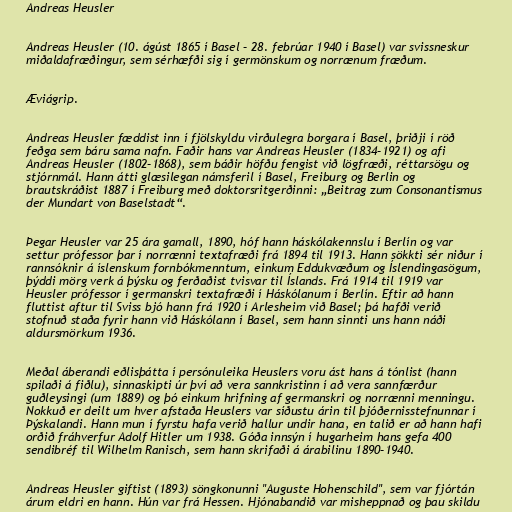
Andreas Heusler

Andreas Heusler (10. ágúst 1865 í Basel – 28. febrúar 1940 í Basel) var svissneskur
miðaldafræðingur, sem sérhæfði sig í germönskum og norrænum fræðum.

Æviágrip.

Andreas Heusler fæddist inn í fjölskyldu virðulegra borgara í Basel, þriðji í röð
feðga sem báru sama nafn. Faðir hans var Andreas Heusler (1834–1921) og afi
Andreas Heusler (1802–1868), sem báðir höfðu fengist við lögfræði, réttarsögu og
stjórnmál. Hann átti glæsilegan námsferil í Basel, Freiburg og Berlin og
brautskráðist 1887 í Freiburg með doktorsritgerðinni: „Beitrag zum Consonantismus
der Mundart von Baselstadt“.

Þegar Heusler var 25 ára gamall, 1890, hóf hann háskólakennslu í Berlín og var
settur prófessor þar í norrænni textafræði frá 1894 til 1913. Hann sökkti sér niður í
rannsóknir á íslenskum fornbókmenntum, einkum Eddukvæðum og Íslendingasögum,
þýddi mörg verk á þýsku og ferðaðist tvisvar til Íslands. Frá 1914 til 1919 var
Heusler prófessor í germanskri textafræði í Háskólanum í Berlín. Eftir að hann
fluttist aftur til Sviss bjó hann frá 1920 í Arlesheim við Basel; þá hafði verið
stofnuð staða fyrir hann við Háskólann í Basel, sem hann sinnti uns hann náði
aldursmörkum 1936.

Meðal áberandi eðlisþátta í persónuleika Heuslers voru ást hans á tónlist (hann
spilaði á fiðlu), sinnaskipti úr því að vera sannkristinn í að vera sannfærður
guðleysingi (um 1889) og þó einkum hrifning af germanskri og norrænni menningu.
Nokkuð er deilt um hver afstaða Heuslers var síðustu árin til þjóðernisstefnunnar í
Þýskalandi. Hann mun í fyrstu hafa verið hallur undir hana, en talið er að hann hafi
orðið fráhverfur Adolf Hitler um 1938. Góða innsýn í hugarheim hans gefa 400
sendibréf til Wilhelm Ranisch, sem hann skrifaði á árabilinu 1890–1940.

Andreas Heusler giftist (1893) söngkonunni "Auguste Hohenschild", sem var fjórtán
árum eldri en hann. Hún var frá Hessen. Hjónabandið var misheppnað og þau skildu